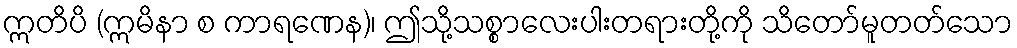
ဣတိပိ (ဣမိနာ စ ကာရဏေန)၊ ဤသို့သစ္စာလေးပါးတရားတို့ကို သိတော်မူတတ်သော